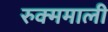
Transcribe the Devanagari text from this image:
रुक्ममाली